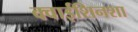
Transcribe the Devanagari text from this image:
क्वाईशिनशा